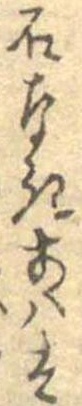
石なきあはは